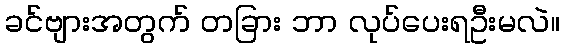
ခင်ဗျားအတွက် တခြား ဘာ လုပ်ပေးရဦးမလဲ။